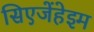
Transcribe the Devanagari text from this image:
सिएजेंहेइम